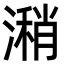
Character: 潲